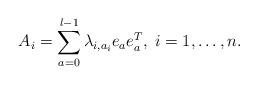
LaTeX: \begin{align*} A_i=\sum_{a=0}^{l-1}\lambda_{i,a_i}e_a e_a^T ,\; i=1,\dots,n. \end{align*}